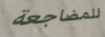
للمضاجعة